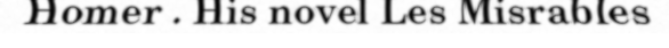
Homer . His novel Les Misrables